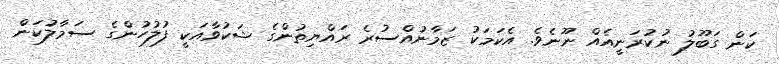
ކަން ގަބޫލު ނުކުރަނީއެއް ނޫނެވެ. އެކަމަކު ޒަމާނުއްސުރެ ރައްޔިތުންގެ ޝަކުވާއަކީ ފުލުހުންގެ ސަމާލުކަން